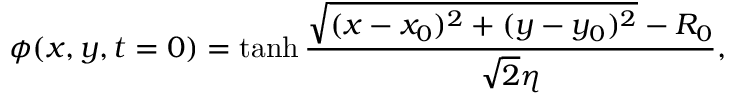
\small \phi ( x , y , t = 0 ) = \operatorname { t a n h } \frac { \sqrt { ( x - x _ { 0 } ) ^ { 2 } + ( y - y _ { 0 } ) ^ { 2 } } - R _ { 0 } } { \sqrt { 2 } \eta } ,